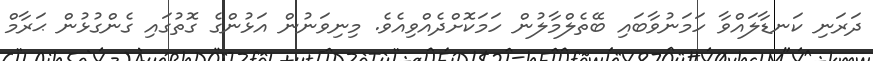
ދަރަނި ކަނޑާލައްވާ ހަމަނުވާބައި ބޭތެލްމާލުން ހަމަކޮށްދެއްވިއެވެ. މިނިވަނުން އަޅުންގެ ގޮތުގައި ގެންގުޅުން ޙަރާމް